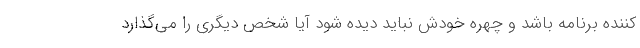
کننده برنامه باشد و چهره خودش نباید دیده شود آیا شخص دیگری را می‌گذارد